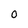
Character: 0